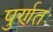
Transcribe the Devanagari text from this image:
पुर्णतः